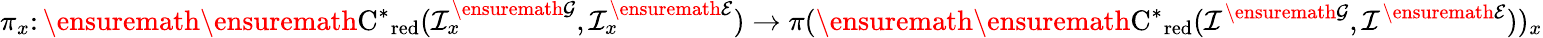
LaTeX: \pi_{x}\colon\ensuremath{\ensuremath{\mathrm{C}^{*}}_{\mathrm{red}}}(\mathcal{I}_{x}^{\ensuremath{\mathcal{G}}},\mathcal{I}_{x}^{\ensuremath{\mathcal{E}}})\to\pi(\ensuremath{\ensuremath{\mathrm{C}^{*}}_{\mathrm{red}}}(\mathcal{I}^{\ensuremath{\mathcal{G}}},\mathcal{I}^{\ensuremath{\mathcal{E}}}))_{x}